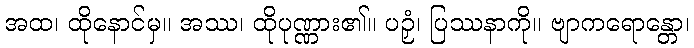
အထ၊ ထိုနောင်မှ။ အဿ၊ ထိုပုဏ္ဏား၏။ ပဉှံ၊ ပြဿနာကို။ ဗျာကရောန္တော၊